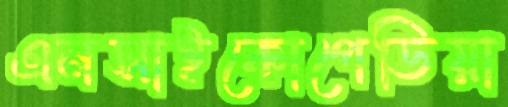
এনসাইকোপেডিয়া